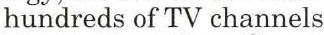
hundreds of TV channels